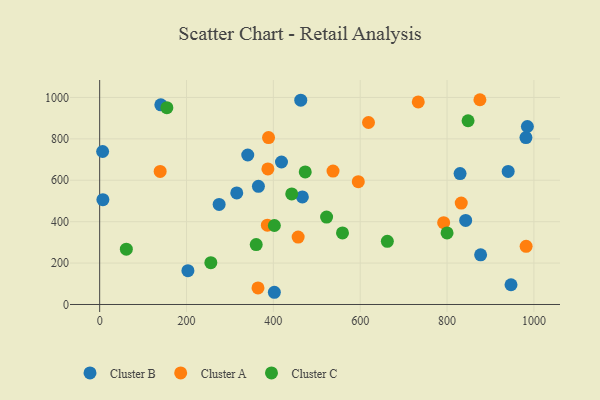
{"axis": {"x": "Ad Spend", "y": "Exam Score"}, "legend": ["Cluster A", "Cluster B", "Cluster C"], "data": [{"x": "6.8", "y": 739.1, "type": "Cluster B"}, {"x": "140.8", "y": 964.6, "type": "Cluster B"}, {"x": "315.7", "y": 538.7, "type": "Cluster B"}, {"x": "981.7", "y": 806.1, "type": "Cluster B"}, {"x": "466.8", "y": 519.8, "type": "Cluster B"}, {"x": "985.0", "y": 859.7, "type": "Cluster B"}, {"x": "365.6", "y": 570.8, "type": "Cluster B"}, {"x": "830.0", "y": 632.3, "type": "Cluster B"}, {"x": "402.3", "y": 59.0, "type": "Cluster B"}, {"x": "463.1", "y": 987.1, "type": "Cluster B"}, {"x": "203.2", "y": 163.1, "type": "Cluster B"}, {"x": "877.3", "y": 239.8, "type": "Cluster B"}, {"x": "418.7", "y": 688.4, "type": "Cluster B"}, {"x": "341.0", "y": 722.1, "type": "Cluster B"}, {"x": "842.9", "y": 405.9, "type": "Cluster B"}, {"x": "7.4", "y": 506.3, "type": "Cluster B"}, {"x": "947.3", "y": 95.4, "type": "Cluster B"}, {"x": "940.8", "y": 642.8, "type": "Cluster B"}, {"x": "275.1", "y": 483.2, "type": "Cluster B"}, {"x": "386.2", "y": 383.2, "type": "Cluster A"}, {"x": "388.9", "y": 806.2, "type": "Cluster A"}, {"x": "537.4", "y": 644.3, "type": "Cluster A"}, {"x": "364.6", "y": 80.2, "type": "Cluster A"}, {"x": "139.3", "y": 642.7, "type": "Cluster A"}, {"x": "875.7", "y": 989.1, "type": "Cluster A"}, {"x": "832.7", "y": 490.1, "type": "Cluster A"}, {"x": "733.7", "y": 978.4, "type": "Cluster A"}, {"x": "457.1", "y": 325.7, "type": "Cluster A"}, {"x": "792.2", "y": 395.2, "type": "Cluster A"}, {"x": "595.6", "y": 593.1, "type": "Cluster A"}, {"x": "619.1", "y": 879.1, "type": "Cluster A"}, {"x": "982.1", "y": 280.8, "type": "Cluster A"}, {"x": "387.4", "y": 654.7, "type": "Cluster A"}, {"x": "522.6", "y": 422.2, "type": "Cluster C"}, {"x": "473.4", "y": 640.3, "type": "Cluster C"}, {"x": "442.3", "y": 534.3, "type": "Cluster C"}, {"x": "360.5", "y": 289.6, "type": "Cluster C"}, {"x": "848.4", "y": 887.6, "type": "Cluster C"}, {"x": "154.7", "y": 950.6, "type": "Cluster C"}, {"x": "61.4", "y": 267.1, "type": "Cluster C"}, {"x": "800.0", "y": 345.5, "type": "Cluster C"}, {"x": "662.5", "y": 305.3, "type": "Cluster C"}, {"x": "559.2", "y": 345.7, "type": "Cluster C"}, {"x": "402.3", "y": 381.5, "type": "Cluster C"}, {"x": "256.0", "y": 202.0, "type": "Cluster C"}]}